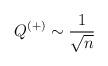
LaTeX: \begin{align*}Q^{(+)} \sim \frac{1}{\sqrt{n}}\end{align*}